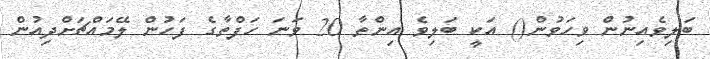
ބަލިވެއިނުން ވިހަވުން() އަކީ ބަލިވެ އިންތާ 20 ވަނަ ހަފްތާގެ ފަހުން ލޭމައްޗަށްދިއުން